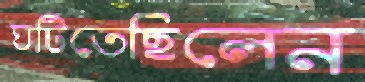
ঘটিতেছিলেন